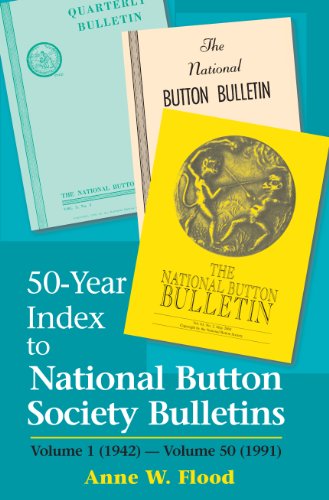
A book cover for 50-Year Index to National Button Society Bulletins: 1942-1991; Anne W. Flood; Crafts, Hobbies & Home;